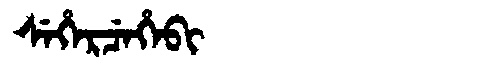
Manchu: ᠰᡝᡥᡝᡵᠴᡝᡥᡝᠪᡳ
Romanization: SEHERCEHEBI